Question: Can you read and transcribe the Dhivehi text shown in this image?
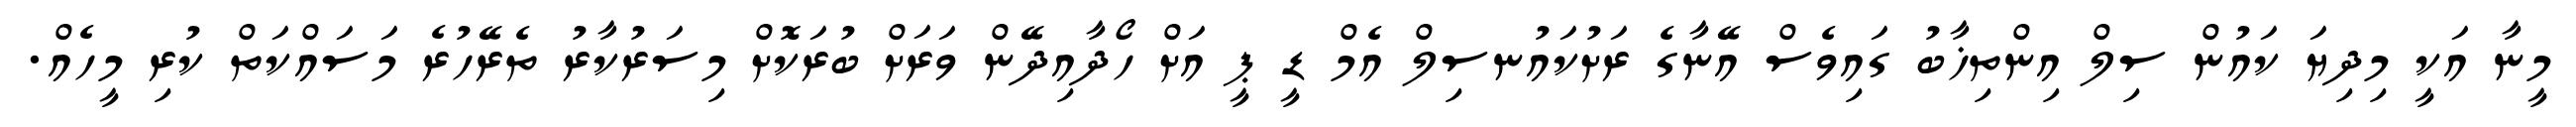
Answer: މީނާ އަކީ މިދިޔަ ކައުން ސިލް އިންތިޚާބު ގައިވެސް އޭނާގެ ރަށުކައުނސިލް އެމް ޑީ ޕީ އަށް ހޯދާއިދޭން ވަރަށް ބުރަކޮށް މިސަރުކާރު ތެރޭހުރެ މަސައްކަތް ކުރި މީހެއް.